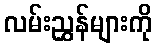
လမ်းညွှန်များကို